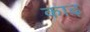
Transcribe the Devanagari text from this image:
काढ़